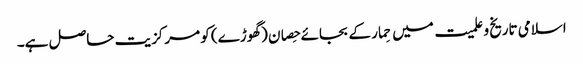
اسلامی تاریخ و علمیت میں حِمار کے بجائے حِصان (گھوڑے) کو مرکزیت حاصل ہے۔